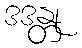
ဒဒန္တု